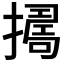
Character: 𢶈